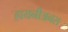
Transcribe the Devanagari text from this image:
हायनीअनस